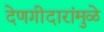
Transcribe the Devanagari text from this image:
देणगीदारांमुळे